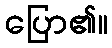
ပြော၏။